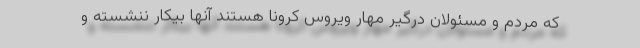
که مردم و مسئولان درگیر مهار ویروس کرونا هستند آنها بیکار ننشسته و